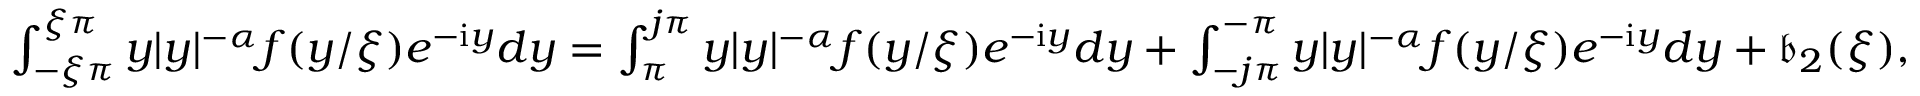
\begin{array} { r } { \int _ { - \xi \pi } ^ { \xi \pi } y | y | ^ { - \alpha } f ( y / \xi ) e ^ { - \mathrm { i } y } d y = \int _ { \pi } ^ { j \pi } y | y | ^ { - \alpha } f ( y / \xi ) e ^ { - \mathrm { i } y } d y + \int _ { - j \pi } ^ { - \pi } y | y | ^ { - \alpha } f ( y / \xi ) e ^ { - \mathrm { i } y } d y + \mathfrak { b } _ { 2 } ( \xi ) , } \end{array}